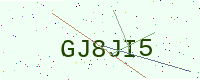
Text: GJ8JI5